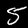
Digit: 5